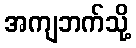
အကျဘက်သို့